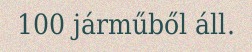
100 járműből áll.